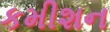
કમીશન